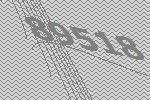
89518